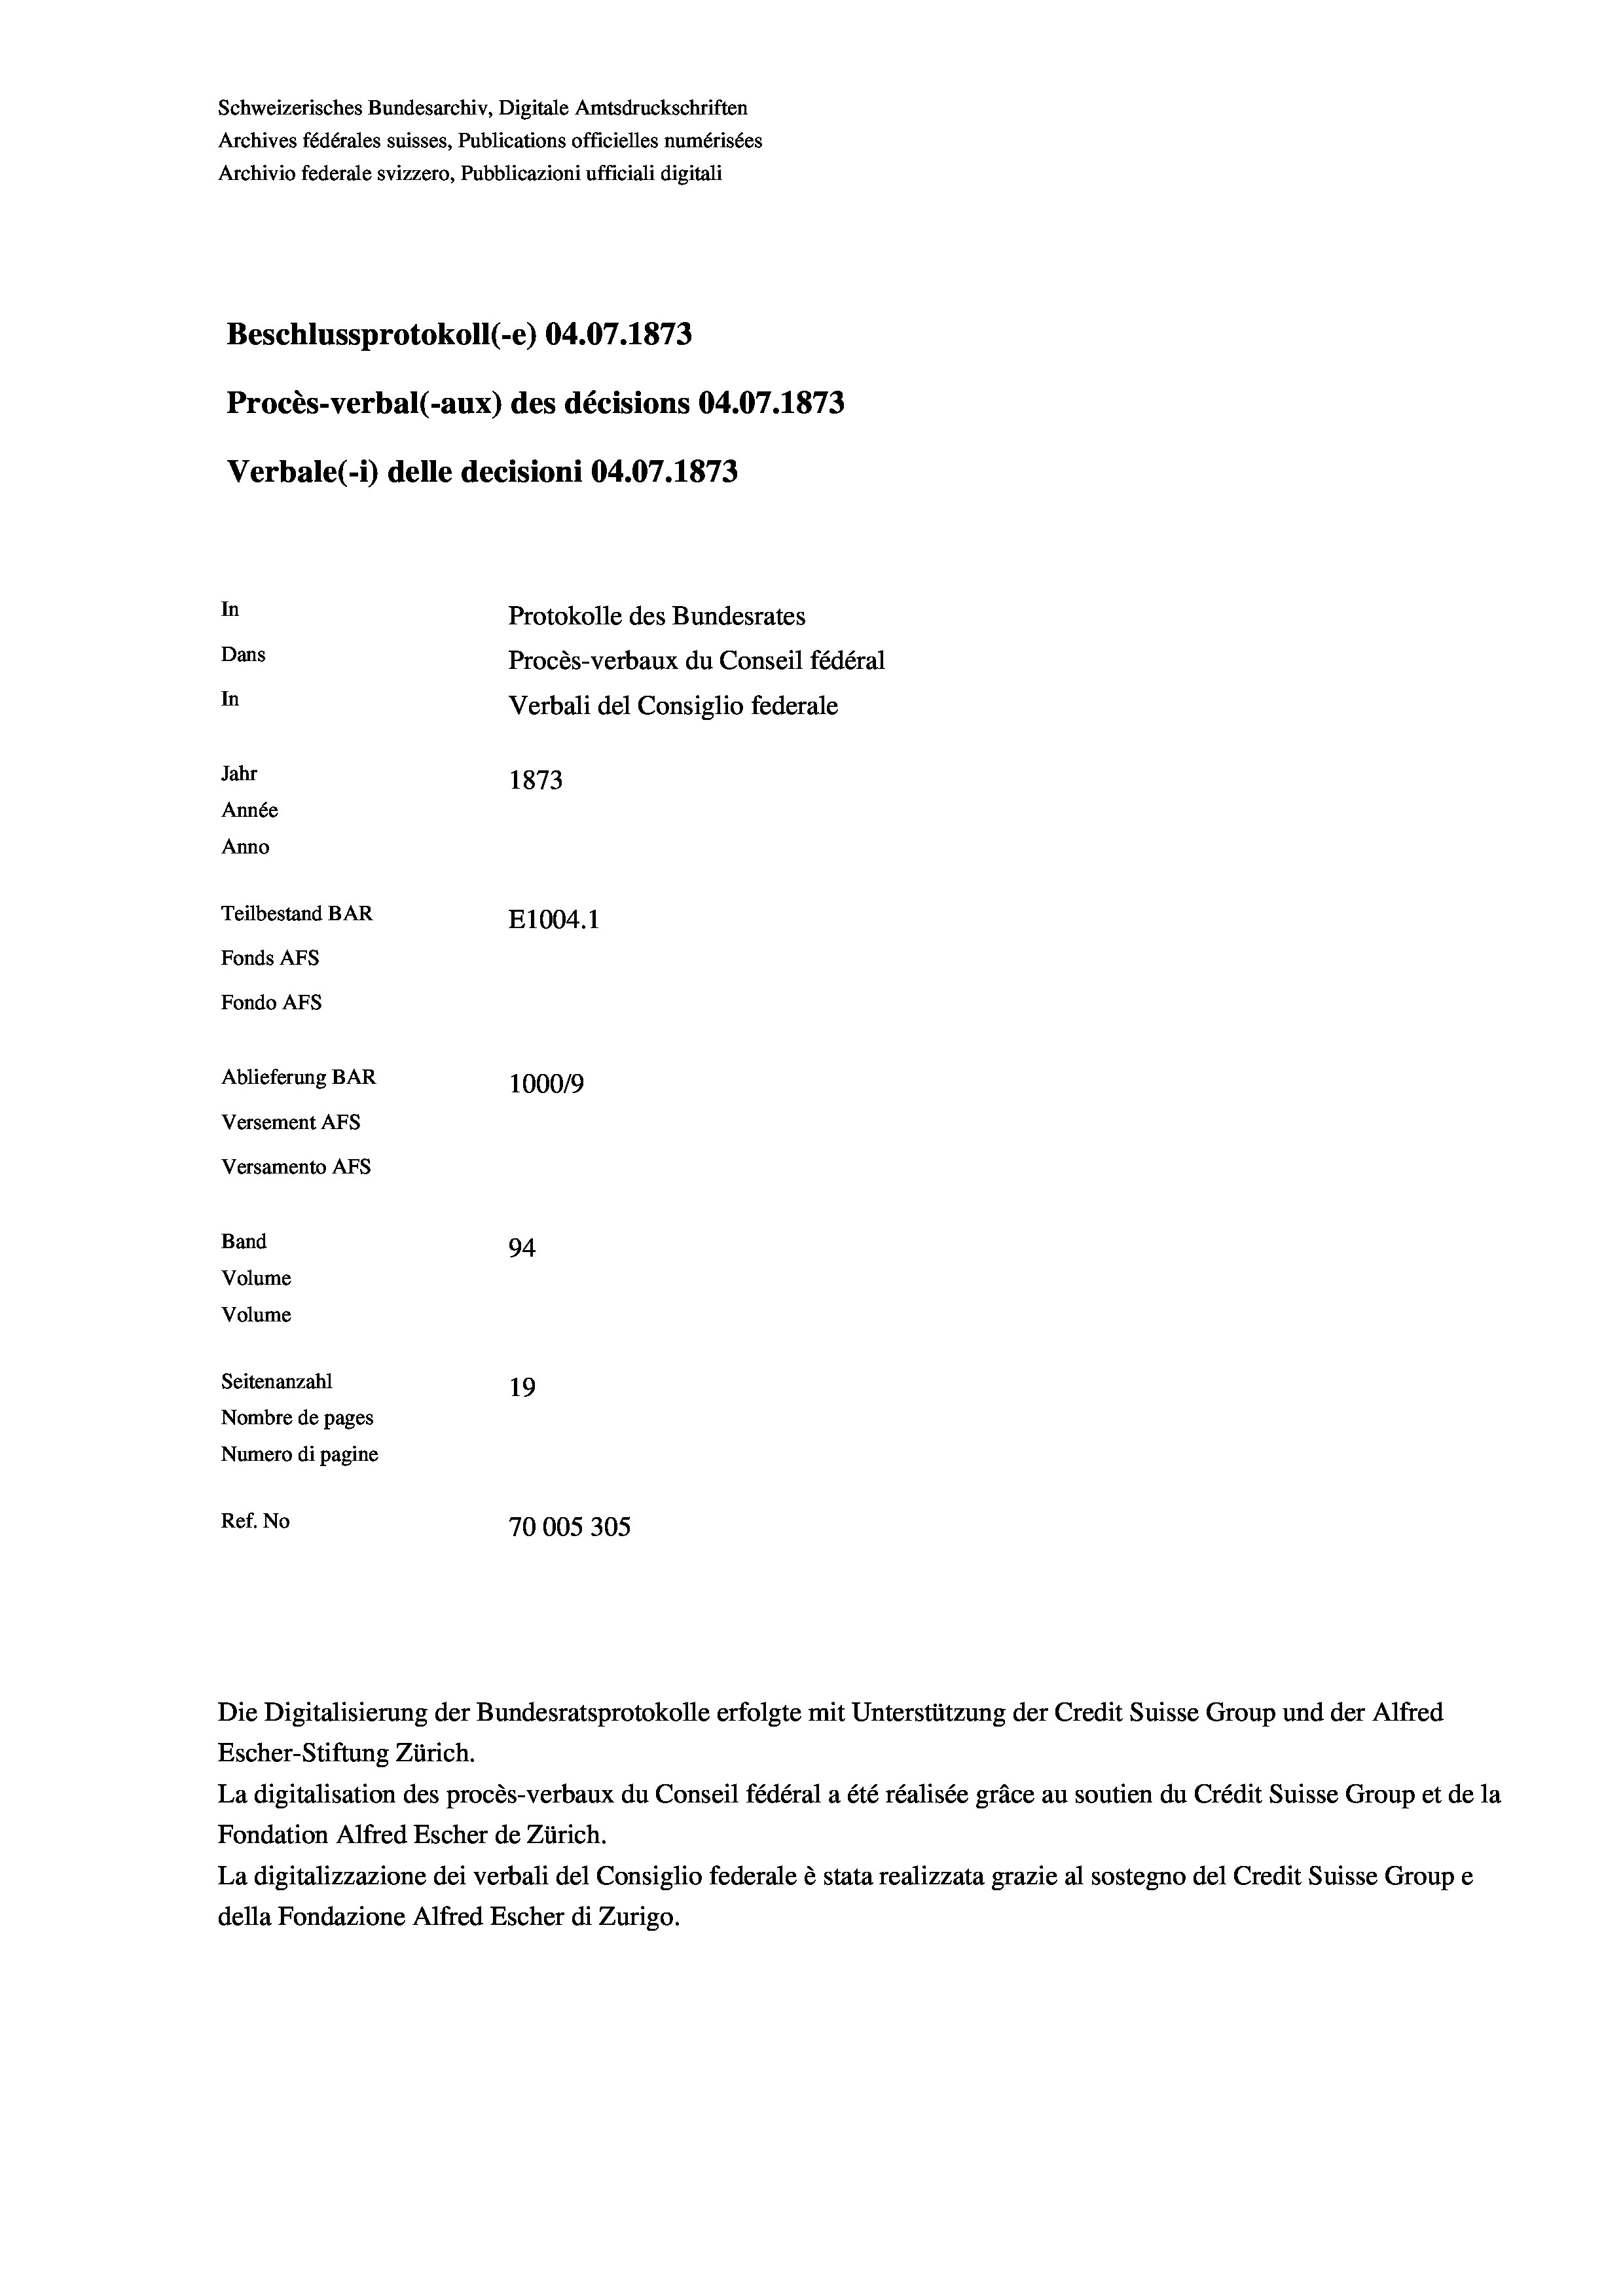
Schweizerisches Bundesarchiv, Digitale Amtsdruckschriften
Archives fédérales suisses, Publications officielles numérisées
Archivio federale svizzero, Pubblicazioni ufficiali digitali
Beschlussprotokoll (-e) 04.07. 1873
Procès-verbal (-aux) des décisions 04.07. 1873
Verbale (-*) delle decisioni 04.07. 1873
In
Protokolle des Bundesrates
Dans
Procès-verbaux du Conseil fédéral
In
Verbali del Consiglio federale
Jahr
1873
Année
Anno
Teilbestand BAR
E1004.1
Fonds AFs
Fondo AFs
Ablieferung BAR
100019
Versement Abs
Versamento Afs

Band
Volume
Volume

94.
Seitenanzahl
19
Nombre de pages
Numero di pagine
Ref. No
70005305

.

Escher-Stiftung Zürich.
La digitalisation des procès-verbaux du Conseil fédéral a été réalisée gräce au soutien du Crédit Suisse Group et de la
Fondation Alfred Escher de Zürich.
La digitalizzazione dei verbali del Consiglio federale è stata realizzata grazie al sostegno del Credit Suisse Groupe
della Fondazione Alfred Escher di Zurigo.

Die Digitalisierung der Bundesratsprotokolle erfolgte mit Unterstützung der Credit Suisse Group und der Alfred